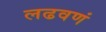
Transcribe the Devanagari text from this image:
लढवणं